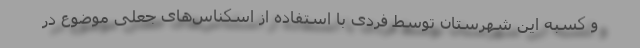
و کسبه این شهرستان توسط فردی با استفاده از اسکناس‌های جعلی موضوع در